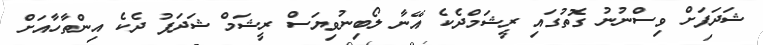
ޝަދަފަށް ވިސްނުނު ގޮތުގައި ރީޝަމްދެކެ އޭނާ ލޯބިނުވިޔަސް ރީޝަމް ޝަދަފު ދެކެ އިންތާހާއަށް